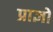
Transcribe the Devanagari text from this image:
प्राज्ञो